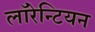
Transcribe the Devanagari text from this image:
लाॅरेन्टियन